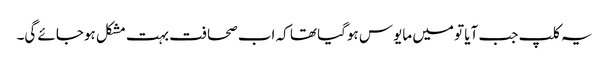
یہ کلپ جب آیا تو میں مایوس ہوگیا تھا کہ اب صحافت بہت مشکل ہوجائے گی۔